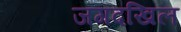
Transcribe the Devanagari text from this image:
जगदखिल